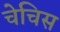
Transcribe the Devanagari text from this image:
चेचिस